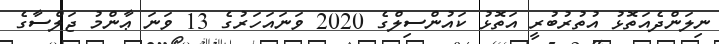
ނިލަންދެއަތޮޅު އުތުރުބުރީ އަތޮޅު ކައުންސިލްގެ 2020 ވަނައަހަރުގެ 13 ވަނަ ޢާންމު ޖަލްސާގެ